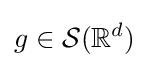
g\in {\mathcal {S}}(\mathbb {R} ^{d})